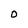
Character: O